Problem: 8 ÷ 4 = ?
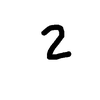
Handwritten answer: 2